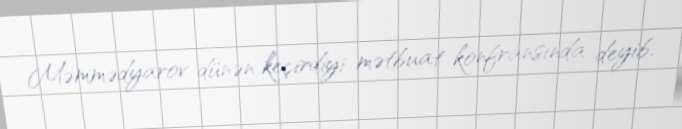
Məmmədyarov dünən keçirdiyi mətbuat konfransında deyib.